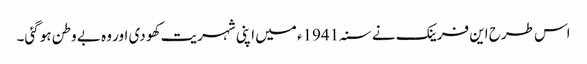
اس طرح این فرینک نے سنہ 1941ء میں اپنی شہریت کھو دی اور وہ بے وطن ہو گئی۔